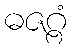
ဓဇဂ္ဂံ